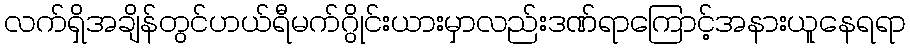
လက်ရှိအချိန်တွင်ဟယ်ရီမက်ဂွိုင်းယားမှာလည်းဒဏ်ရာကြောင့်အနားယူနေရရာ